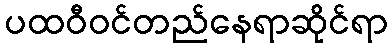
ပထဝီဝင်တည်နေရာဆိုင်ရာ